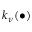
k _ { \nu } ( \bullet )